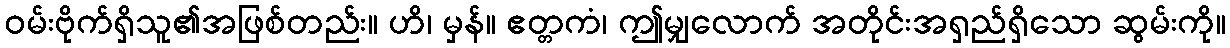
ဝမ်းဗိုက်ရှိသူ၏အဖြစ်တည်း။ ဟိ၊ မှန်။ ဧတ္တကံ၊ ဤမျှလောက် အတိုင်းအရှည်ရှိသော ဆွမ်းကို။